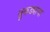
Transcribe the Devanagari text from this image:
तुकड्याचा